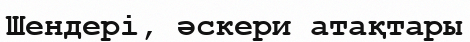
Шендері, әскери атақтары